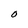
Character: O